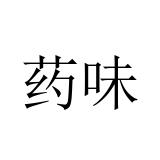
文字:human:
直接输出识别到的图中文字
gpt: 药味